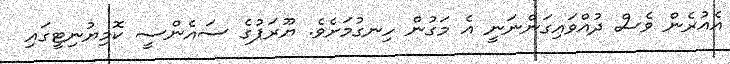
އެއުރެން ވެސް ދުއްވައިގަންނަނީ އެ މަގުން ހިނގުމަށެވެ. ޔޫރަޕުގެ ސައެންސީ ކޮމިޔުނިޓީގައި